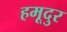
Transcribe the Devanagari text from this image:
हमूदुर